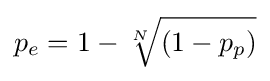
p_{e}=1-{\sqrt[{N}]{(1-p_{p})}}